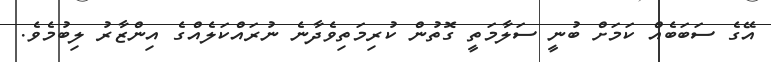
އޭގެ ސަބަބެއް ކަމަށް ބުނީ ސަލާމަތީ ގޮތުން ކުރިމަތިވެދާނެ ނުރައްކަލެއްގެ އިންޒާރު ލިބުމެވެ.